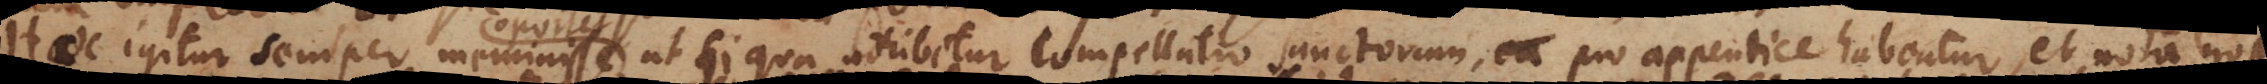
Haec igitur semper meminisse oportet, ut si qua adhibetur compellatio Sanctorum, pro appendice habeatur, et nota tan